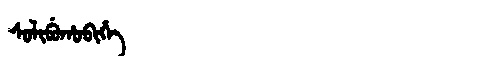
Manchu: ᠰᠣᠯᡳᠪᡠᡥᠣᠪᡳᡥᡝ
Romanization: SOLIBUHOBIHE